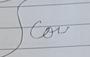
Signature authenticity: forged